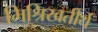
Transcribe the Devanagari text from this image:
मिश्रिखतीर्थ